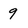
Character: 9